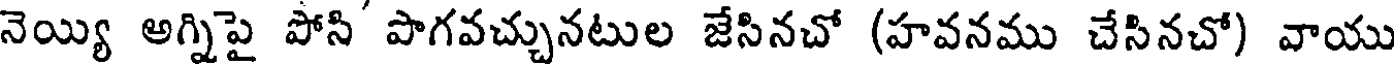
నెయ్యి అగ్నిపై పోసి' పొగవచ్చునటుల జేసినచో (హవనము చేసినచో) వాయు